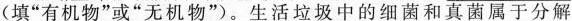
9填”有机物”或”无机物”)。生活垃圾中的细菌和真菌属于分解